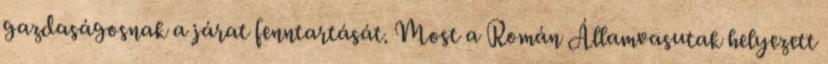
gazdaságosnak a járat fenntartását. Most a Román Államvasutak helyezett